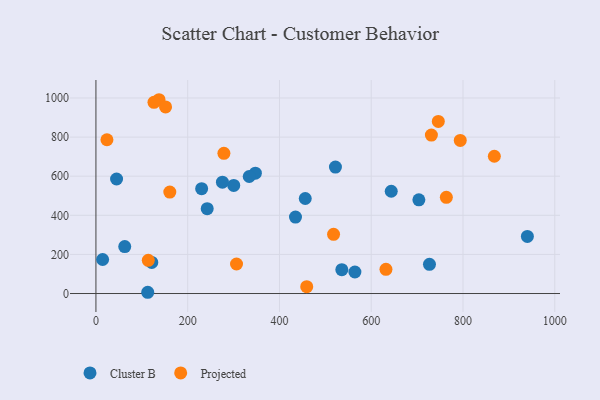
{"axis": {"x": "Distance", "y": "Demand"}, "legend": ["Cluster B", "Projected"], "data": [{"x": "300.3", "y": 552.8, "type": "Cluster B"}, {"x": "940.3", "y": 292.2, "type": "Cluster B"}, {"x": "275.7", "y": 569.4, "type": "Cluster B"}, {"x": "703.8", "y": 479.4, "type": "Cluster B"}, {"x": "14.6", "y": 174.1, "type": "Cluster B"}, {"x": "112.9", "y": 6.4, "type": "Cluster B"}, {"x": "535.9", "y": 121.9, "type": "Cluster B"}, {"x": "726.9", "y": 149.2, "type": "Cluster B"}, {"x": "522.0", "y": 646.7, "type": "Cluster B"}, {"x": "564.4", "y": 110.2, "type": "Cluster B"}, {"x": "643.6", "y": 523.0, "type": "Cluster B"}, {"x": "45.0", "y": 585.8, "type": "Cluster B"}, {"x": "62.8", "y": 240.0, "type": "Cluster B"}, {"x": "347.5", "y": 615.6, "type": "Cluster B"}, {"x": "456.2", "y": 485.9, "type": "Cluster B"}, {"x": "434.9", "y": 391.2, "type": "Cluster B"}, {"x": "334.1", "y": 598.5, "type": "Cluster B"}, {"x": "230.4", "y": 536.4, "type": "Cluster B"}, {"x": "242.5", "y": 433.7, "type": "Cluster B"}, {"x": "121.7", "y": 159.1, "type": "Cluster B"}, {"x": "24.0", "y": 786.5, "type": "Projected"}, {"x": "114.1", "y": 169.8, "type": "Projected"}, {"x": "137.5", "y": 991.1, "type": "Projected"}, {"x": "306.4", "y": 151.1, "type": "Projected"}, {"x": "151.8", "y": 954.3, "type": "Projected"}, {"x": "746.2", "y": 879.9, "type": "Projected"}, {"x": "868.3", "y": 702.0, "type": "Projected"}, {"x": "278.9", "y": 717.1, "type": "Projected"}, {"x": "517.9", "y": 302.6, "type": "Projected"}, {"x": "731.1", "y": 810.3, "type": "Projected"}, {"x": "632.1", "y": 123.6, "type": "Projected"}, {"x": "126.5", "y": 977.7, "type": "Projected"}, {"x": "794.0", "y": 782.8, "type": "Projected"}, {"x": "161.0", "y": 518.6, "type": "Projected"}, {"x": "763.7", "y": 491.9, "type": "Projected"}, {"x": "459.4", "y": 35.1, "type": "Projected"}]}